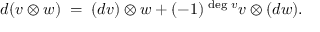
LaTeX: d ( v \otimes w ) \; = \; ( d v ) \otimes w + ( - 1 ) ^ { \mathrm { \tiny ~ d e g \ } v } v \otimes ( d w ) .